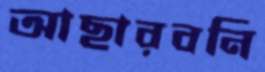
আছারবনি